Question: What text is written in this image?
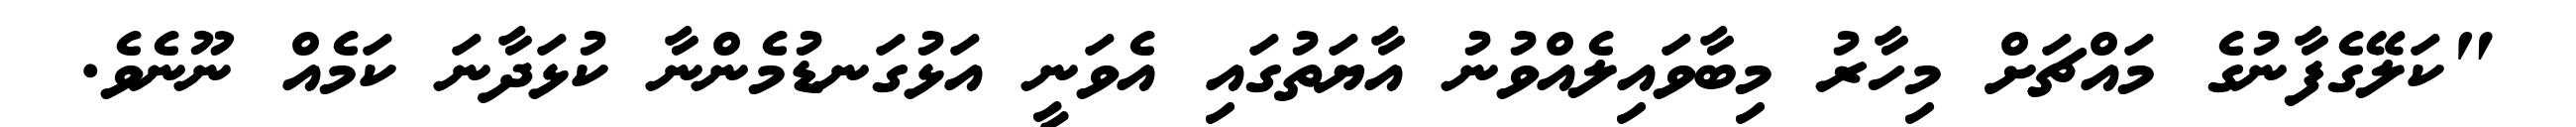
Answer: "ކަލޭގެފާނުގެ މައްޗަށް މިހާރު މިބާވައިލެއްވުނު އާޔަތުގައި އެވަނީ އަޅުގަނޑުމެންނާ ކުޅަދާނަ ކަމެއް ނޫނެވެ.